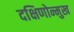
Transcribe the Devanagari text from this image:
दक्षिणोन्मुख